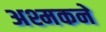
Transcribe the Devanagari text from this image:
अश्मकने